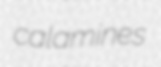
calamines